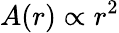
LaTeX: A(r)\propto r^{2}